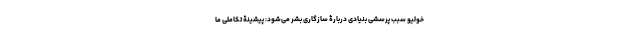
خولیو سبب پرسشی بنیادی دربارۀ سازگاری بشر می‌شود: پیشینۀ تکاملی ما